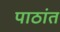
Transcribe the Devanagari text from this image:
पाठांत